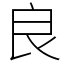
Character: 良